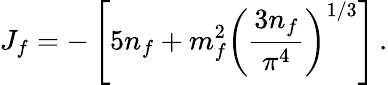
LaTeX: J_{f}=-\left[5n_{f}+m_{f}^{2}\left({\frac{3n_{f}}{\pi^{4}}}\right)^{1/3}\right]\, .